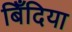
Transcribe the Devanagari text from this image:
बिँदिया